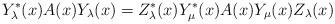
LaTeX: \begin{align*} Y_\lambda^*(x)A(x)Y_\lambda(x)= Z_\lambda^*(x)Y_\mu^*(x)A(x)Y_\mu(x)Z_\lambda(x)\end{align*}